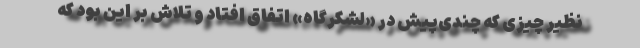
نظیر چیزی که چندی‌پیش در «لشکرگاه» اتفاق افتاد و تلاش بر این بود که